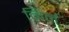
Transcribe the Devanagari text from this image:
निर्न